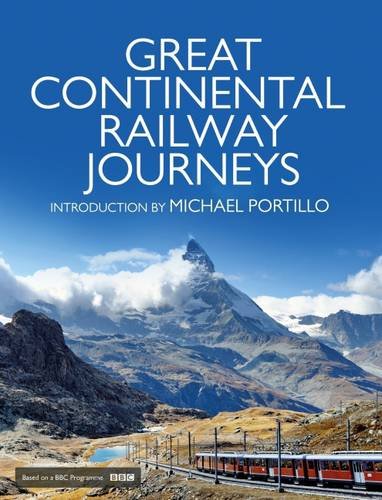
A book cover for Great Continental Railway Journeys; Rt Hon Michael Portillo; Travel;